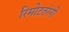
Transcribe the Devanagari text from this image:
रिमोटतरंगों